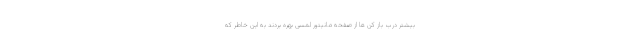
بیشتر درب باز کن ها از صفحه مانیتور لمسی بهره بردند به این خاطر که